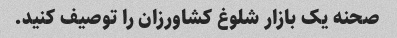
صحنه یک بازار شلوغ کشاورزان را توصیف کنید.